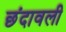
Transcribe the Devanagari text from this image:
छंदावली